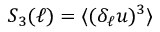
S _ { 3 } ( \ell ) = \langle ( \delta _ { \ell } u ) ^ { 3 } \rangle